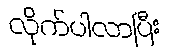
လိုက်ပါလာပြီး